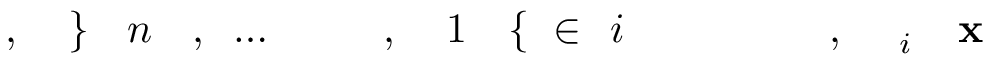
\! \! \! \! \! \! \! \! \! \! \! \mathbf { x } \! \! \! \! \! \! \! \! \! \! \! \! _ { i } \! \! \! \! \! \! \! \! \! \! \! \! , \! \! \! \! \! \! \! \! \! \! \! \! ~ \! \! \! \! \! \! \! \! \! \! \! \! \! \! \! \! \! \! \! \! \! \! \! \! i \! \! \! \! \! \! \! \! \! \! \! \! \in \! \! \! \! \! \! \! \! \! \! \! \! \{ \! \! \! \! \! \! \! \! \! \! \! \! 1 \! \! \! \! \! \! \! \! \! \! \! \! , \! \! \! \! \! \! \! \! \! \! \! \! \! \! \! \! \! \! \! \! \! \! \! \! \ldots \! \! \! \! \! \! \! \! \! \! \! \! , \! \! \! \! \! \! \! \! \! \! \! \! n \! \! \! \! \! \! \! \! \! \! \! \! \} \! \! \! \! \! \! \! \! \! \! \! \! , \! \! \! \! \! \! \! \! \! \! \!